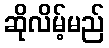
ဆိုလိမ့်မည်